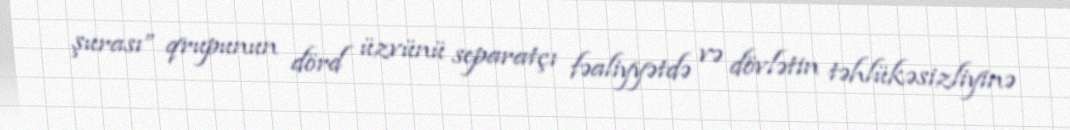
şurası” qrupunun dörd üzvünü separatçı fəaliyyətdə və dövlətin təhlükəsizliyinə